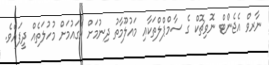
ނާރވް އެޖެންޓް ނޮވިޗޮކް ގެ ސާމްޕްލްތަކާއި މައުލޫމާތު ދިނުމަށް އެގައުމަށް މުހުލަތެއް ދީފައެވެ.